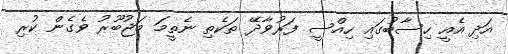
އަދި އެއީ ހިސާބުގައި ހިއްސީ ފަރުވާދޭ ތަކެތި ނެތީމަ މަޖުބޫރު ވެގެން ކުރި